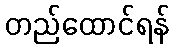
တည်ထောင်ရန်